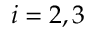
i = 2 , 3